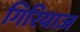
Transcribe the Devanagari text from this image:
गिरियाज